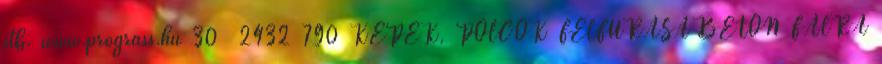
stb. www.prograss.hu 30 2432 790 KÉPEK, POLCOK FELFÚRÁSA BETON FALRA